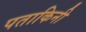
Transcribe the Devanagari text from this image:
पताकिनी